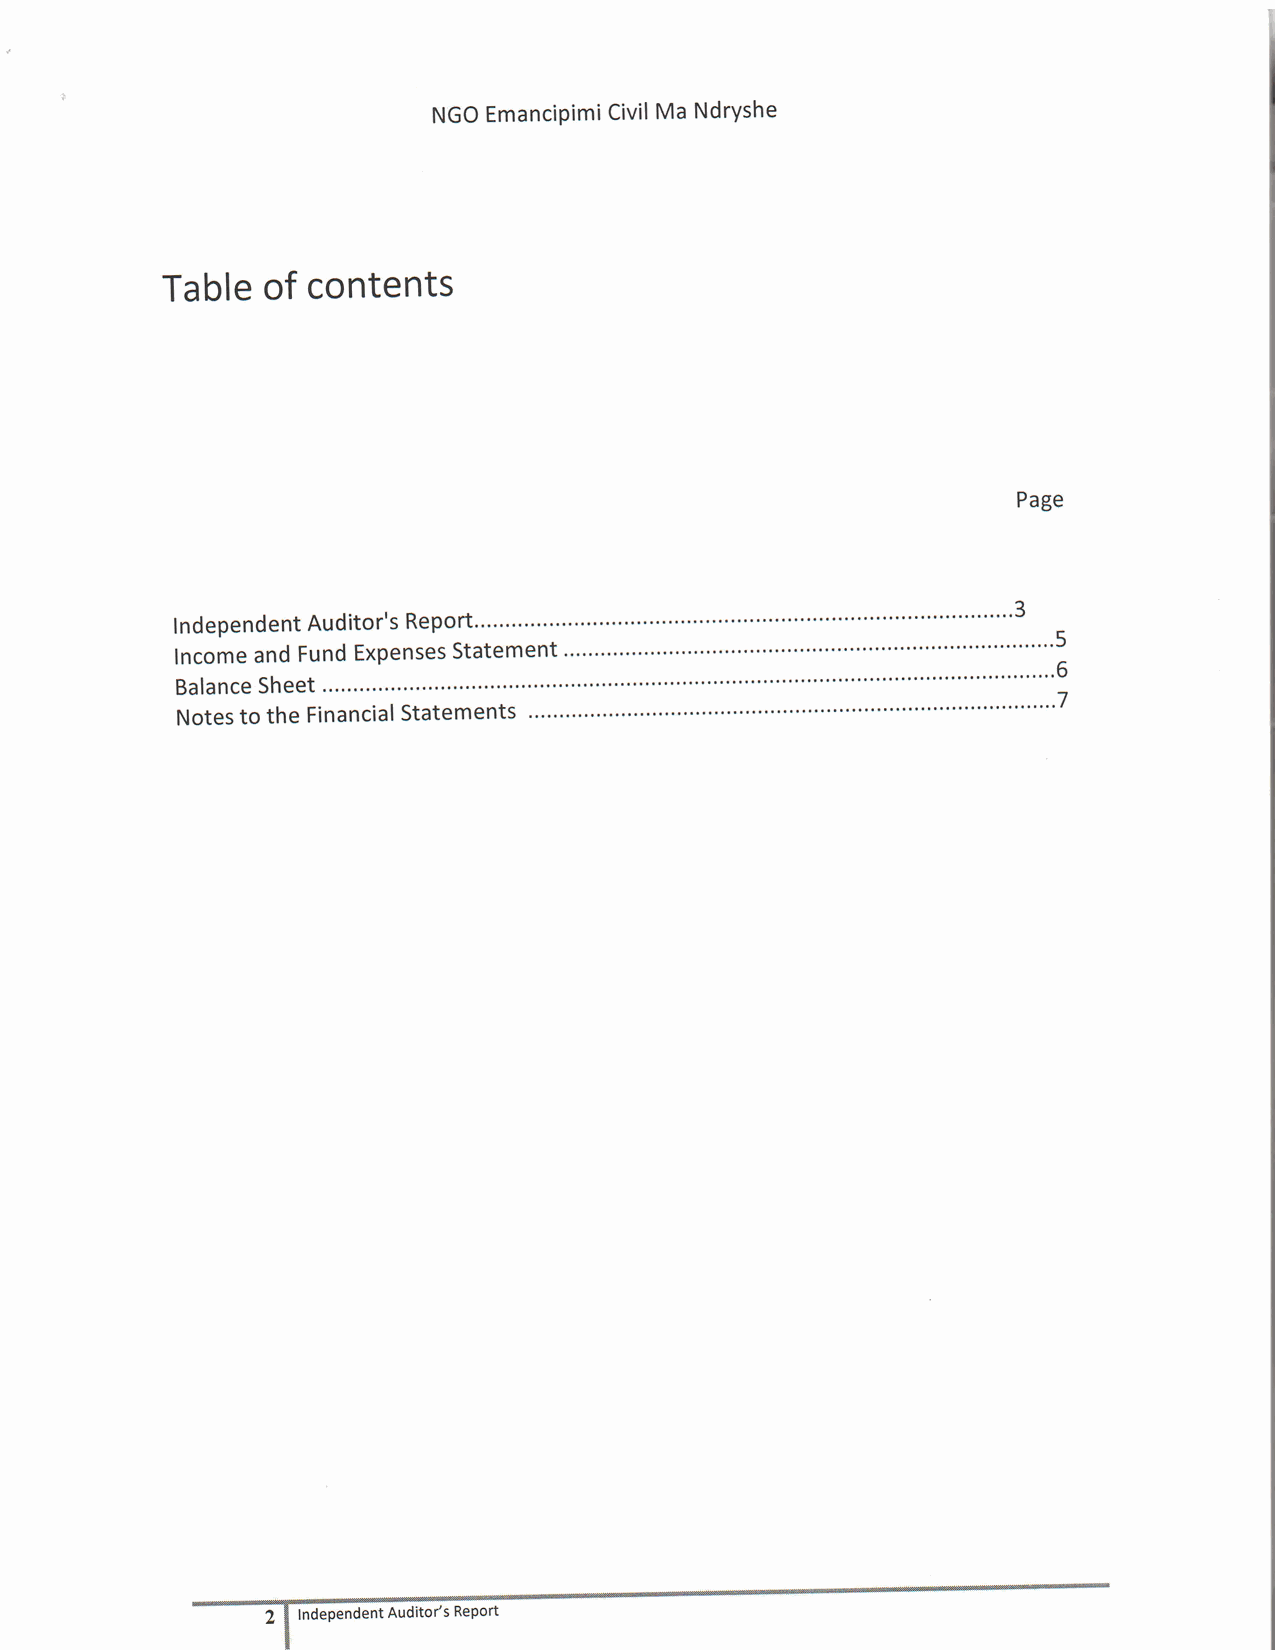
NGOE manciPimiCivMila NdrYshe
 Tableo  f contents
 Page
 """'3
 IndependeAntu ditor'Rs eport...""
 lncomea ndF undE xpenseSst atement                     """'5
 " "6
 BalanceSheet
 Notesto the FinanciSalt atements                     """"""'7